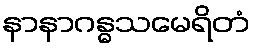
နာနာဂန္ဓသမေရိတံ